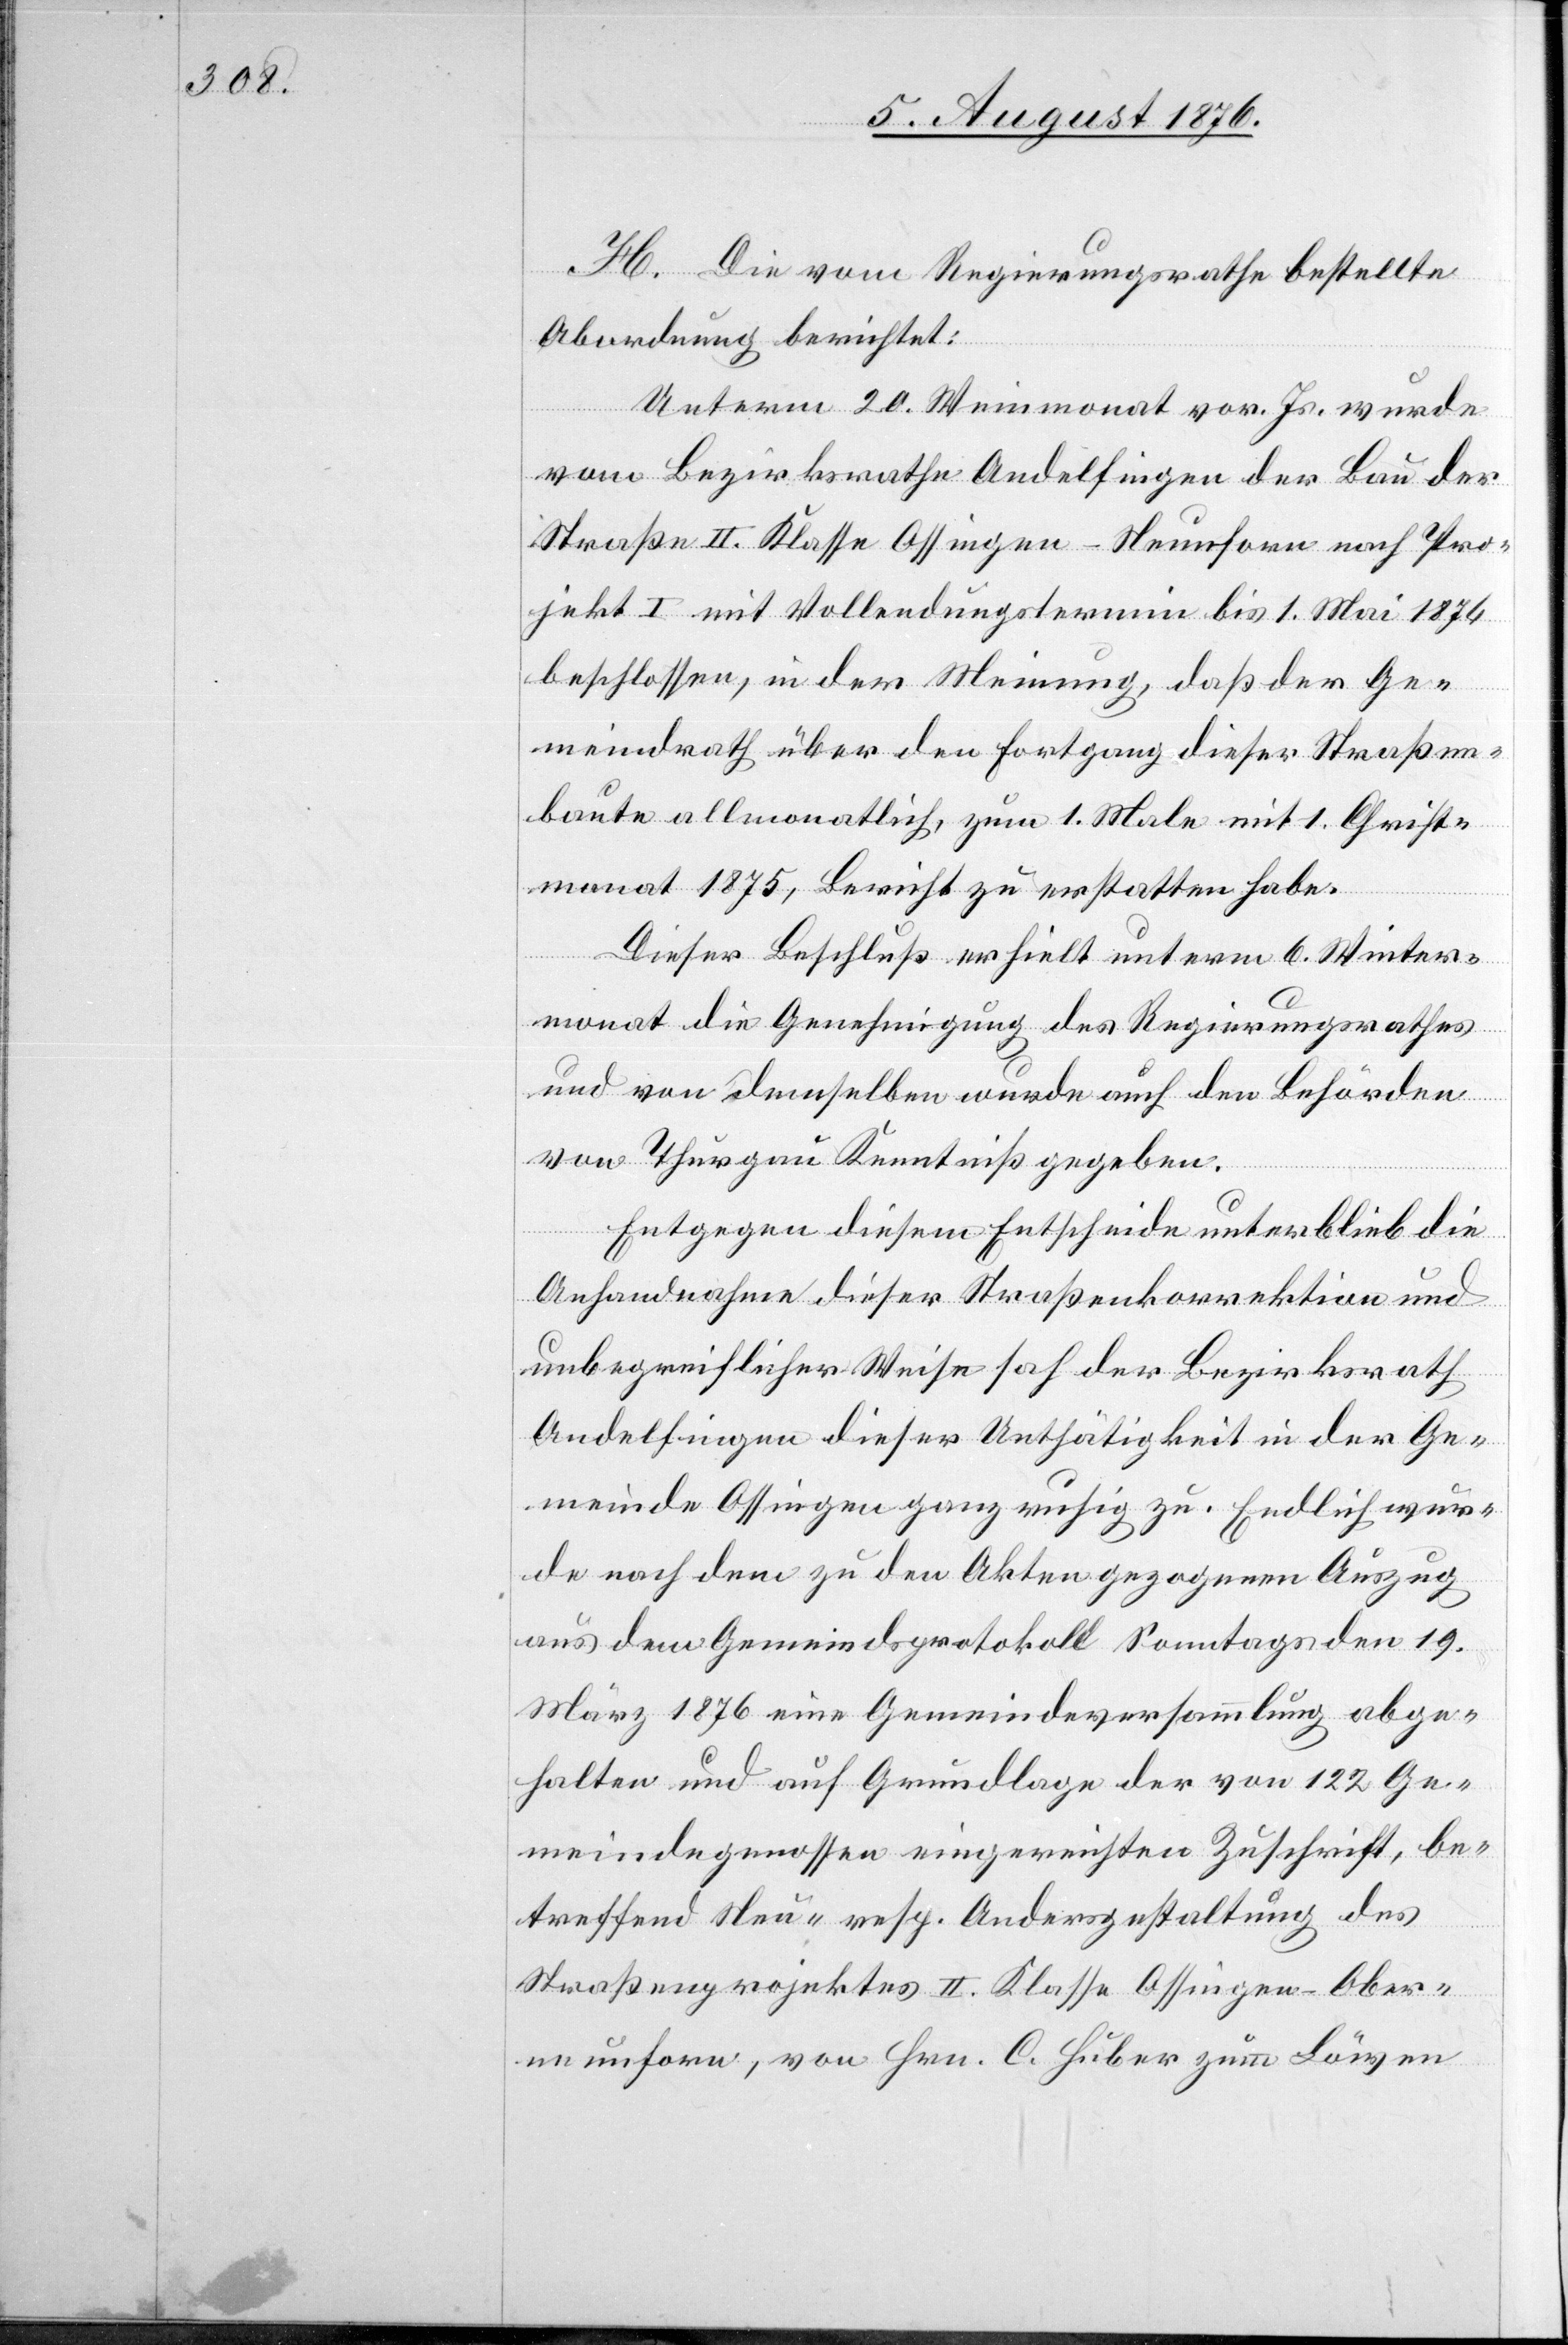
H. Die vom Regierungsrathe bestellte
Abordnung berichtet:
Unterm 20. Weinmonat vor. Js. wurde
vom Bezirksrathe Andelfingen der Bau der
Straße II. Klasse Ossingen–Neunforn nach Pro¬
jekt I mit Vollendungstermin bis 1. Mai 1876
beschlossen, in der Meinung, daß der Ge¬
meindrath über den Fortgang dieser Straßen¬
baute allmonatlich, zum 1. Male mit 1. Christ¬
monat 1875, Bericht zu erstatten habe.
Dieser Beschluß erhielt unterm 6. Wein¬
monat die Genehmigung des Regierungsrathes
und von demselben wurde auch den Behörden
von Thurgau Kenntniß gegeben.
Entgegen diesem Entscheide unterblieb die
Anhandnahme dieser Straßenkorrektion und
unbegreiflicher Weise sah der Bezirksrath
Andelfingen dieser Unthätigkeit in der Ge¬
meinde Ossingen ganz ruhig zu. Endlich wur¬
de nach dem zu den Akten gezogenen Auszug
aus dem Gemeindsprotokoll Sonntags den 19.
März 1876 eine Gemeindeversammlung abge¬
halten und auf Grundlage der von 122 Ge¬
meindegenossen eingereichten Zuschrift, be¬
treffend Neu- resp. Andersgestaltung des
Straßenprojektes II. Klasse Ossingen–Ober¬
neunforn, von Hrn. C. Huber zum Löwen